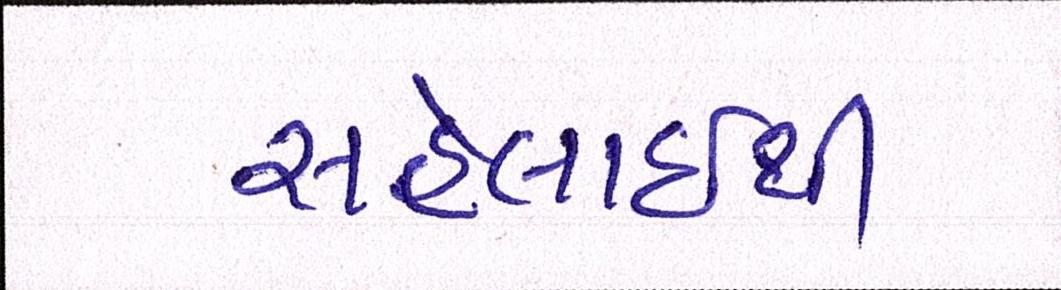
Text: સહેલાઇથી